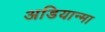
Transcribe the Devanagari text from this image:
अडियान्मा